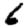
Digit: 6